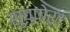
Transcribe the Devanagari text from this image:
सुप्पोर्ट